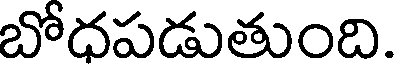
బోధపడుతుంది.